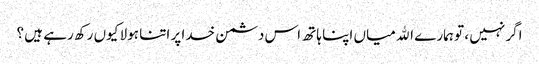
اگر نہیں ، تو ہمارے الله میاں اپنا ہاتھ اس دشمن خدا پر اتنا ہولا کیوں رکھ رہے ہیں ؟